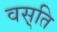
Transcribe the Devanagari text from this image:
वस़्ति